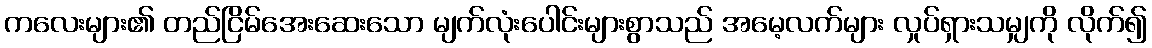
ကလေးများ၏ တည်ငြိမ်အေးဆေးသော မျက်လုံးပေါင်းများစွာသည် အမေ့လက်များ လှုပ်ရှားသမျှကို လိုက်၍